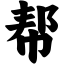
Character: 帮